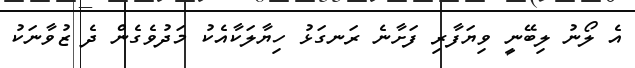
އެ ލޯނު ލިބޭނީ ވިޔަފާރި ފަށާނެ ރަނގަޅު ހިޔާލަކާއެކު މަދުވެގެން ދެ ޒުވާނަކު